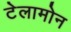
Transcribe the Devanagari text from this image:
टेलामोन